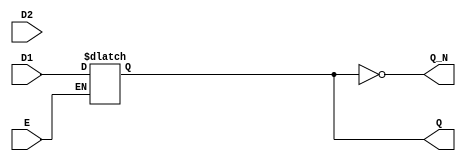
module dual_input_gated_latch (
    input wire D1,       // Data input 1
    input wire D2,       // Data input 2
    input wire E,        // Enable signal
    output reg Q,        // Output state
    output wire Q_N      // Complementary output
);

// Complementary output
assign Q_N = ~Q;

// Always block to implement the gated latch behavior
always @(*) begin
    if (E) begin
        // If Enable is high, select which data input to latch
        // Here, we can use a simple condition to choose between D1 and D2
        // For example, let's select D1 when E is high
        Q = D1; // Modify this logic as needed for your selection criteria
    end
    // If Enable is low, Q retains its previous state
end

endmodule